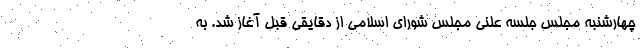
چهارشنبه مجلس جلسه علنی مجلس شورای اسلامی از دقایقی قبل آغاز شد. به